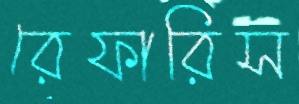
রেফারিস